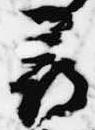
尋